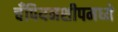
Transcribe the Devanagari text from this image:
चँपियनशीपमध्ये